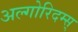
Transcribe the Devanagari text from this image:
अल्गोरिदम्स्